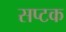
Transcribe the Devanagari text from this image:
सप्टक